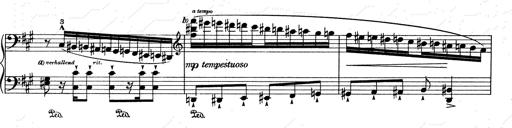
Title: RÃ©miniscences de Don Juan
Composer: Franz Liszt